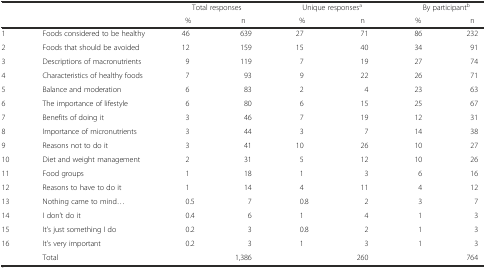
|  |  | <COLSPAN=2> Total responses | <COLSPAN=2> Unique responsesa | <COLSPAN=2> By participantb |
 |  |  | % | n | % | n | % | n |
 | --- | --- | --- | --- | --- | --- | --- | --- |
 | 1 | Foods considered to be healthy | 46 | 639 | 27 | 71 | 86 | 232 |
 | 2 | Foods that should be avoided | 12 | 159 | 15 | 40 | 34 | 91 |
 | 3 | Descriptions of macronutrients | 9 | 119 | 7 | 19 | 27 | 74 |
 | 4 | Characteristics of healthy foods | 7 | 93 | 9 | 22 | 26 | 71 |
 | 5 | Balance and moderation | 6 | 83 | 2 | 4 | 23 | 63 |
 | 6 | The importance of lifestyle | 6 | 80 | 6 | 15 | 25 | 67 |
 | 7 | Benefits of doing it | 3 | 46 | 7 | 19 | 12 | 31 |
 | 8 | Importance of micronutrients | 3 | 44 | 3 | 7 | 14 | 38 |
 | 9 | Reasons not to do it | 3 | 41 | 10 | 26 | 10 | 27 |
 | 10 | Diet and weight management | 2 | 31 | 5 | 12 | 10 | 26 |
 | 11 | Food groups | 1 | 18 | 1 | 3 | 6 | 16 |
 | 12 | Reasons to have to do it | 1 | 14 | 4 | 11 | 4 | 12 |
 | 13 | Nothing came to mind... | 0.5 | 7 | 0.8 | 2 | 3 | 7 |
 | 14 | I don’t do it | 0.4 | 6 | 1 | 4 | 1 | 3 |
 | 15 | It’s just something I do | 0.2 | 3 | 0.8 | 2 | 1 | 3 |
 | 16 | It’s very important | 0.2 | 3 | 1 | 3 | 1 | 3 |
 |  | Total |  | 1,386 |  | 260 |  | 764 |